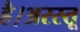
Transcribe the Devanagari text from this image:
है।अरस्तू